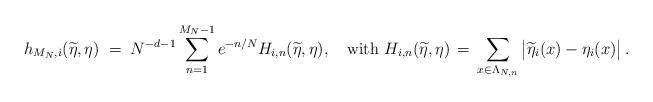
LaTeX: \begin{align*}h_{M_N,i}(\widetilde \eta,\eta)\; =\; N^{-d-1} \sum_{n=1}^{M_N-1} e^{-n/N}H_{i,n} (\widetilde \eta,\eta),\quad\mbox{with }H_{i,n} (\widetilde \eta,\eta) \, =\, \sum_{x\in \Lambda_{N,n}}\big|\widetilde\eta_i(x)-\eta_i(x)\big|\, .\end{align*}